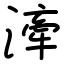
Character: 𣽲